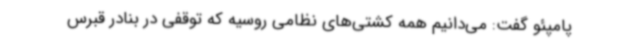
پامپئو گفت: می‌دانیم همه کشتی‌های نظامی روسیه که توقفی در بنادر قبرس